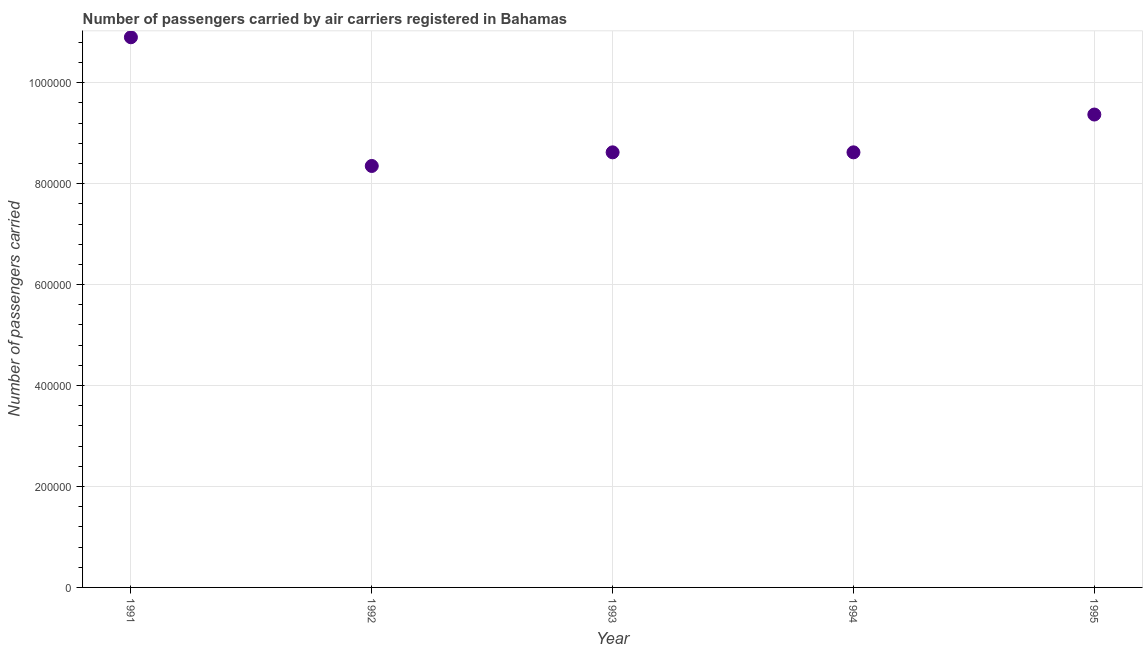
| Year | Air transport |
 | --- | --- |
 | 1991 | 1.09e+06 |
 | 1992 | 8.35e+05 |
 | 1993 | 8.62e+05 |
 | 1994 | 8.62e+05 |
 | 1995 | 9.37e+05 |